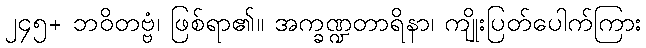
၂၄၅+ ဘဝိတဗ္ဗံ၊ ဖြစ်ရာ၏။ အက္ခဏ္ဍတာရိနာ၊ ကျိုးပြတ်ပေါက်ကြား